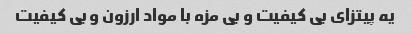
یه پیتزای بی کیفیت و بی مزه با مواد ارزون و بی کیفیت